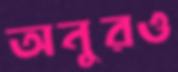
অনুরও